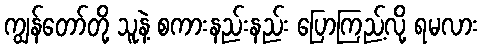
ကျွန်တော်တို့ သူနဲ့ စကားနည်းနည်း ပြောကြည့်လို့ ရမလား